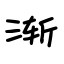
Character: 渐